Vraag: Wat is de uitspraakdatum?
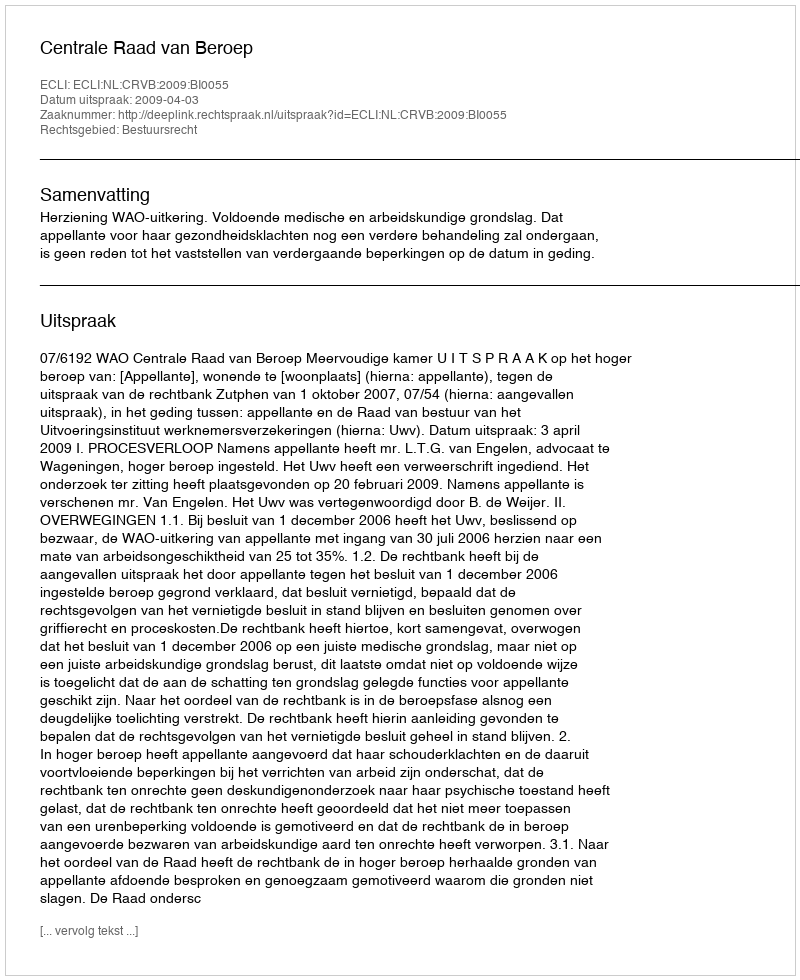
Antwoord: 2009-04-03